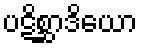
ပဋိစ္ဆာဒိယော